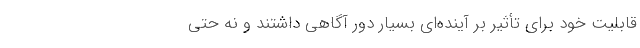
قابلیت خود برای تأثیر‌ بر آینده‌ای بسیار دور آگاهی داشتند و نه حتی